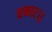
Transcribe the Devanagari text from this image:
प्रकार।।